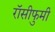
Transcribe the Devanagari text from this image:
रॉसीफुमी